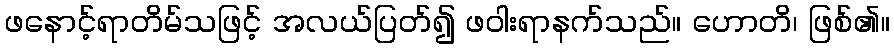
ဖနောင့်ရာတိမ်သဖြင့် အလယ်ပြတ်၍ ဖဝါးရာနက်သည်။ ဟောတိ၊ ဖြစ်၏။